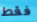
فقط